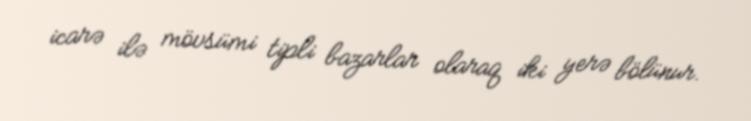
icarə ilə mövsümi tipli bazarlar olaraq iki yerə bölünur.